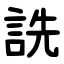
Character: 詵